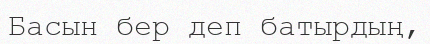
Басын бер деп батырдың,